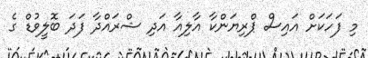
މި ފަހަކަށް އައިސް ޕްރިޔަންކާ އާލިއާ އަދި ޝްރައްދާ ފަދަ ބޮލީވުޑް ގެ